Report on the administration of the Government Cinchona Department 1892-98
Year: 1892
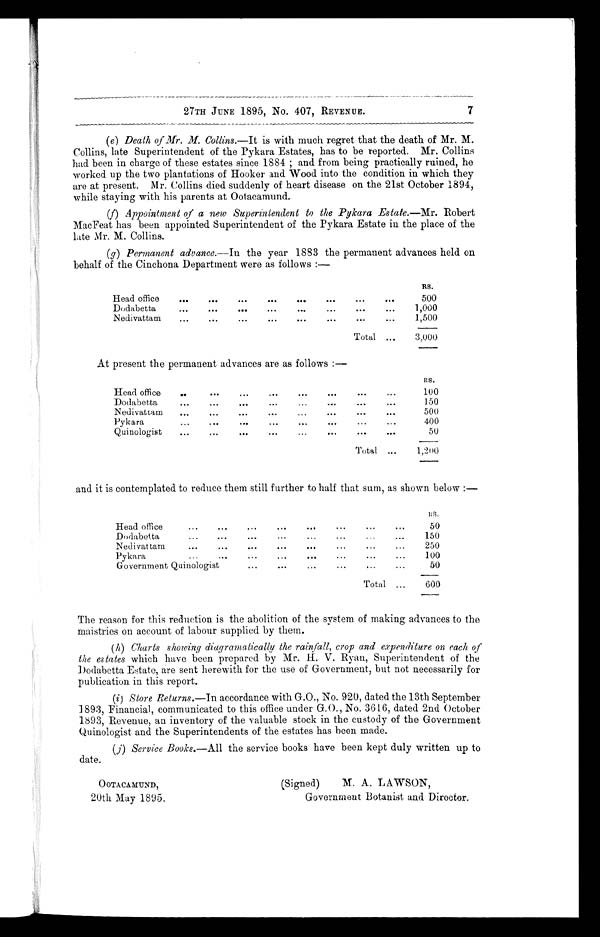
27TH JUNE 1895, No. 407, REVENUE.
7
(e) Death of Mr. M. Collins.—It is with much regret that the death of Mr. M.
Collins, late Superintendent of the Pykara Estates, has to be reported. Mr. Collins
had been in charge of these estates since 1884; and from being practically ruined, he
worked up the two plantations of Hooker and Wood into the condition in which they
are at present. Mr. Collins died suddenly of heart disease on the 21st October 1894,
while staying with his parents at Ootacamund.
(f) Appointment of a new Superintendent to the Pykara Estate.—Mr. Robert
MacFeat has been appointed Superintendent of the Pykara Estate in the place of the
late Mr. M. Collins.
(g) Permanent advance.—In the year 1883 the permanent advances held on
behalf of the Cinchona Department were as follows:—
RS.
Head office
500
Dodabetta 1,000
Nedivattam
1,500
Total
3,000
At present the permanent advances are as follows:—
RS.
Head office
100
Dodabetta
150
Nedivattam
500
Pykara
400
Quinologist
50
Total
Head office
50
Dodabetta
150
Nedivattam
250
Pykara
100
Government Quinologist
50
Total
600
The reason for this reduction is the abolition of the system of making advances to the
maistries on account of labour supplied by them.
(h) Charts showing diagramatically the rainfall, crop and expenditure on each of
the estates which have been prepared by Mr. H. V. Ryan, Superintendent of the
Dodabetta Estate, are sent herewith for the use of Government, but not necessarily for
publication in this report.
(i)Store Returns.— In accordance with G.O., No. 920, dated the 13th September
1893, Financial, communicated to this office under G.O., No. 3616, dated 2nd October
1893, Revenue, an inventory of the valuable stock in the custody of the Government
Quinologist and the Superintendents of the estates has been made.
(j) Service Books.—All the service books have been kept duly written up to
date.
OOTACAMUND,
20th May 1895.
(Signed) M.A. LAWSON,
Government Botanist and Director.